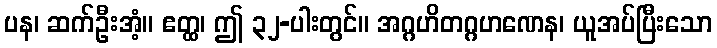
ပန၊ ဆက်ဦးအံ့။ ဧတ္ထ၊ ဤ ၃၂-ပါးတွင်။ အဂ္ဂဟိတဂ္ဂဟဏေန၊ ယူအပ်ပြီးသော